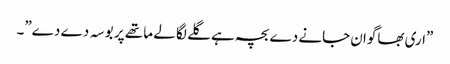
”اری بھاگوان جانے دے بچہ ہے گلے لگا لے ما تھے پر بو سہ دے دے”۔